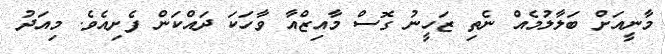
މާނީއަށް ބަލާލުމެއް ނެތި ޒަހީނު ގޮސް މާއިޒްއާ ވާހަކަ ދައްކަން ފެށިއެވެ. މިއަދު